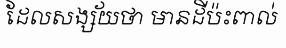
ដែលសង្ស័យថា មានដីប៉ះពាល់